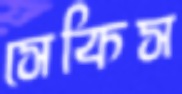
সেকিস